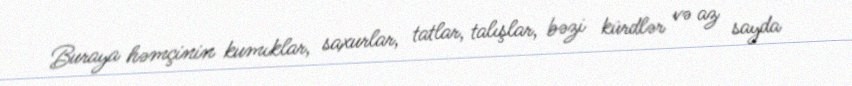
Buraya həmçinin kumıklar, saxurlar, tatlar, talışlar, bəzi kürdlər və az sayda